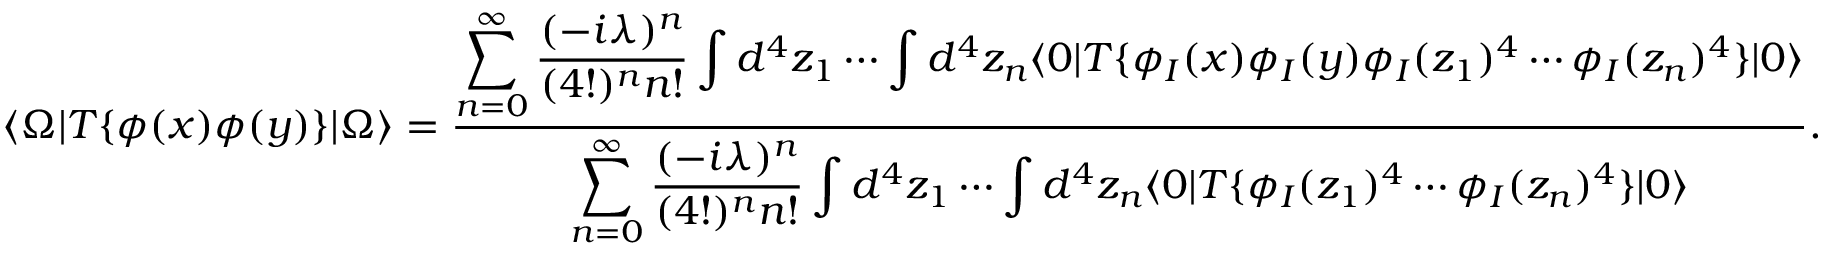
\langle \Omega | T \{ \phi ( x ) \phi ( y ) \} | \Omega \rangle = { \frac { \displaystyle \sum _ { n = 0 } ^ { \infty } { \frac { ( - i \lambda ) ^ { n } } { ( 4 ! ) ^ { n } n ! } } \int d ^ { 4 } z _ { 1 } \cdots \int d ^ { 4 } z _ { n } \langle 0 | T \{ \phi _ { I } ( x ) \phi _ { I } ( y ) \phi _ { I } ( z _ { 1 } ) ^ { 4 } \cdots \phi _ { I } ( z _ { n } ) ^ { 4 } \} | 0 \rangle } { \displaystyle \sum _ { n = 0 } ^ { \infty } { \frac { ( - i \lambda ) ^ { n } } { ( 4 ! ) ^ { n } n ! } } \int d ^ { 4 } z _ { 1 } \cdots \int d ^ { 4 } z _ { n } \langle 0 | T \{ \phi _ { I } ( z _ { 1 } ) ^ { 4 } \cdots \phi _ { I } ( z _ { n } ) ^ { 4 } \} | 0 \rangle } } .